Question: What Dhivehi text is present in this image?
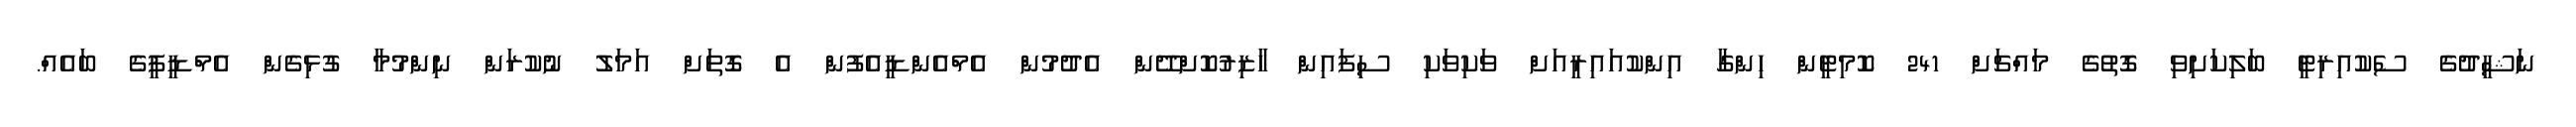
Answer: ނަޝީދުގެ ސެކުއިރިޓީ ބަލިކަށިވި ގޮތުގެ މައްޗަށް 241 ކޮމިޓީން ހިންގާ އިންކުއައިރީއަށް ވަކިވަކި ސިފައިން ހާޒިރުކޮށްދޭން އެދުމުން އެމްއެންޑީއެފުން އެ ގޮތަށް އަމަލު ނުކުރަން ނިންމުމާ ގުޅިގެން އެމްޑީޕީގެ ބައެއް.